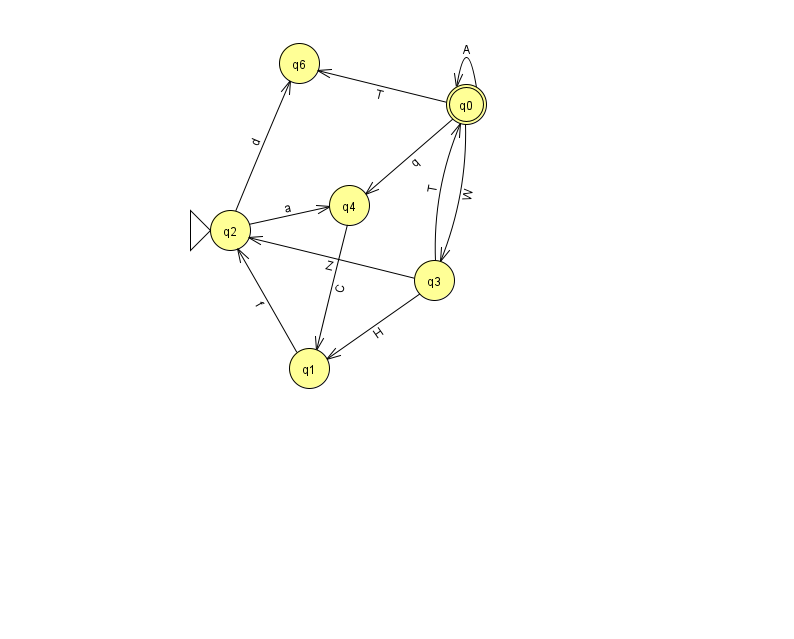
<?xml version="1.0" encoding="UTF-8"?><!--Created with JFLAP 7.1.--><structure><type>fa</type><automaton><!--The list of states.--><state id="0" name="q0"><x>466.0</x><y>91.0</y><final/></state><state id="1" name="q1"><x>309.0</x><y>355.0</y></state><state id="2" name="q2"><x>230.0</x><y>217.0</y><initial/></state><state id="3" name="q3"><x>434.0</x><y>267.0</y></state><state id="4" name="q4"><x>349.0</x><y>192.0</y></state><state id="6" name="q6"><x>299.0</x><y>50.0</y></state><!--The list of transitions.--><transition><from>0</from><to>0</to><read>A</read></transition><transition><from>2</from><to>6</to><read>d</read></transition><transition><from>3</from><to>0</to><read>T</read></transition><transition><from>0</from><to>3</to><read>W</read></transition><transition><from>0</from><to>6</to><read>T</read></transition><transition><from>2</from><to>4</to><read>a</read></transition><transition><from>3</from><to>1</to><read>H</read></transition><transition><from>0</from><to>4</to><read>q</read></transition><transition><from>1</from><to>2</to><read>f</read></transition><transition><from>3</from><to>2</to><read>Z</read></transition><transition><from>4</from><to>1</to><read>C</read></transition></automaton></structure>